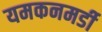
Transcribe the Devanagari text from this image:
यमकनमर्डी